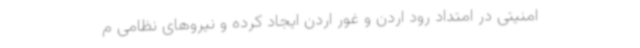
امنیتی در امتداد رود اردن و غور اردن ایجاد کرده و نیروهای نظامی م